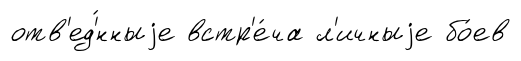
отв'ед'́нныjе встр'е́ча л'ичныjе бо́ев